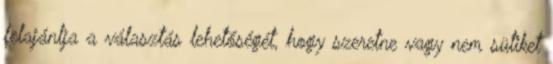
felajánlja a választás lehetőségét, hogy szeretne vagy nem sütiket